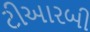
ટીઆરબી